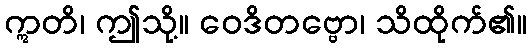
ဣတိ၊ ဤသို့။ ဝေဒိတဗ္ဗော၊ သိထိုက်၏။